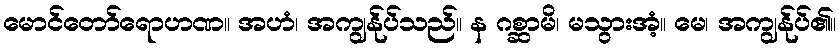
မောင်တော်ရောဟဏ။ အဟံ၊ အကျွန်ုပ်သည်။ န ဂစ္ဆာမိ၊ မသွားအံ့။ မေ၊ အကျွန်ုပ်၏။